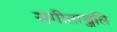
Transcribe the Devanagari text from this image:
संगीताञ्जलि